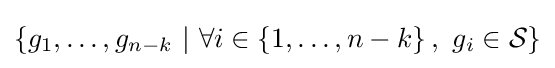
\left\{g_{1},\ldots ,g_{n-k}\ |\ \forall i\in \left\{1,\ldots ,n-k\right\},\ g_{i}\in {\mathcal {S}}\right\}